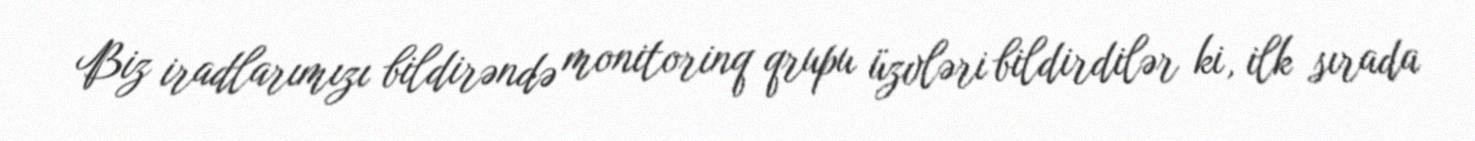
Biz iradlarımızı bildirəndə monitorinq qrupu üzvləri bildirdilər ki, ilk sırada